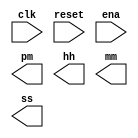
// Create a set of counters suitable for use as a 12-hour clock (with am/pm indicator). Your counters are clocked by a fast-running clk, with a pulse on ena whenever your clock should increment (i.e., once per second).

// reset resets the clock to 12:00 AM. pm is 0 for AM and 1 for PM. hh, mm, and ss are two BCD (Binary-Coded Decimal) digits each for hours (01-12), minutes (00-59), and seconds (00-59). Reset has higher priority than enable, and can occur even when not enabled.

// Hint: Note that 11:59:59 PM advances to 12:00:00 AM, and 12:59:59 PM advances to 01:00:00 PM. There is no 00:00:00.

module top_module(
    input clk,
    input reset,
    input ena,
    output pm,
    output [7:0] hh,
    output [7:0] mm,
    output [7:0] ss); 

    // Insert your code here

endmodule